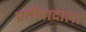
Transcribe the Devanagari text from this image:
प्रतीवादाला